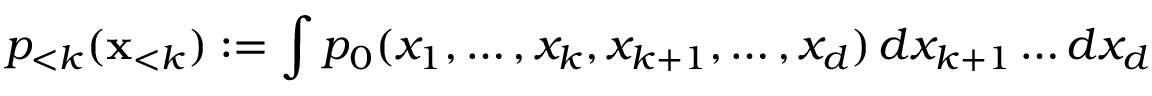
p _ { < k } ( \mathbf { x } _ { < k } ) : = \int p _ { 0 } ( x _ { 1 } , \ldots , x _ { k } , x _ { k + 1 } , \ldots , x _ { d } ) \, d x _ { k + 1 } \ldots d x _ { d }